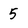
Character: 5